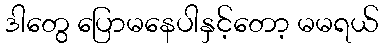
ဒါတွေ ပြောမနေပါနှင့်တော့ မမရယ်